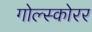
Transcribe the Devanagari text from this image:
गोल्स्कोरर